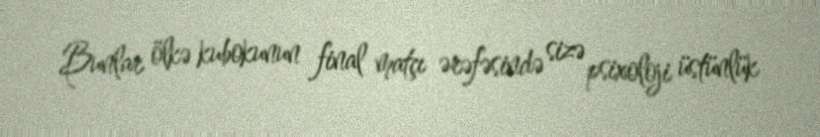
Bunlar ölkə kubokunun final matçı ərəfəsində sizə psixoloji üstünlük